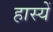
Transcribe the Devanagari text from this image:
हास्यें